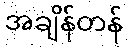
အချိန်တန်